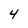
Character: 4